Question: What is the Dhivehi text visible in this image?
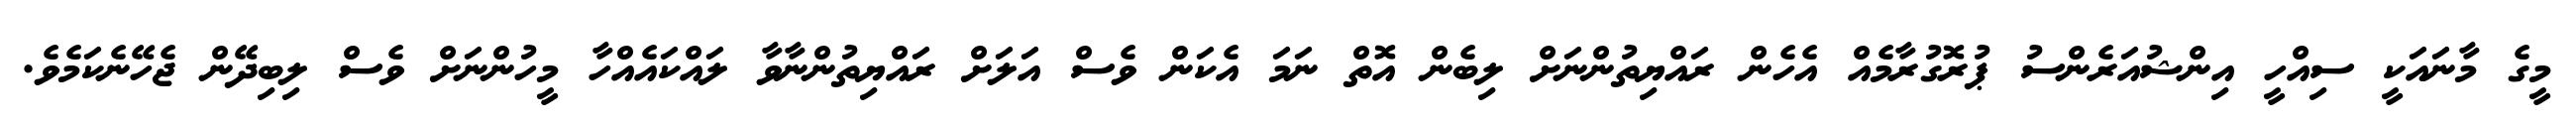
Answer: މީގެ މާނައަކީ ސިއްހީ އިންޝުއަރެންސު ޕުރޮގުރާމެއް އެހެން ރައްޔިތުންނަށް ލިބެން އޮތް ނަމަ އެކަން ވެސް އަލަށް ރައްޔިތުންނާވާ ލައްކައެއްހާ މީހުންނަށް ވެސް ލިބިދޭން ޖެހޭނެކަމެވެ.